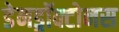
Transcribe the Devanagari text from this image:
डेनड्रॉक्टोनस